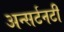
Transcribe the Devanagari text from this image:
अन्सर्टनटी